Report of the Indian Hemp Drugs Commission, 1894-1895 - Volume V
Year: 1894
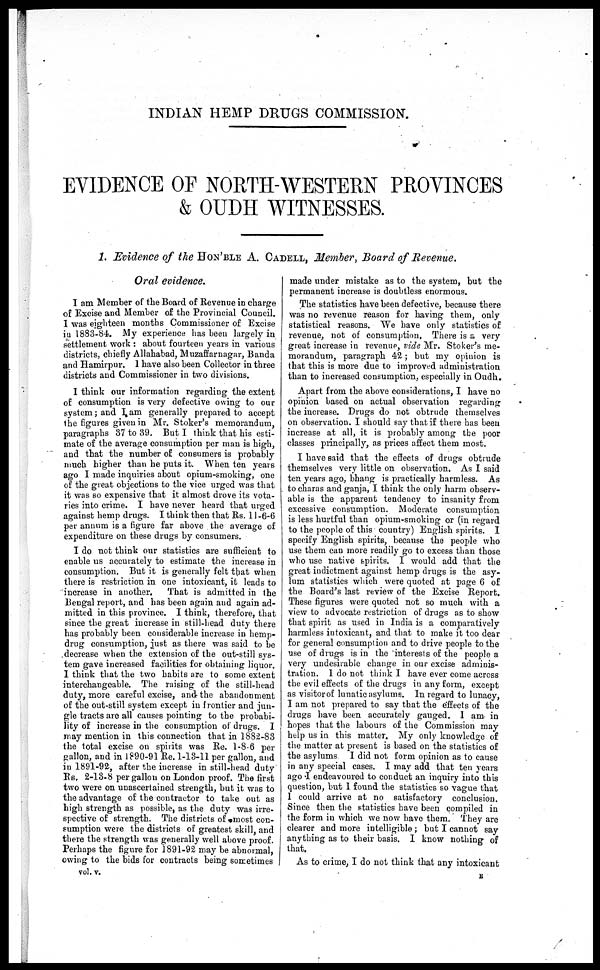
INDIAN HEMP DRUGS COMMISSION.
EVIDENCE OF NORTH-WESTERN PROVINCES
& OUDH WITNESSES.
1. Evidence of the HON'BLE A. CADELL, Member, Board of Revenue.
Oral evidence.
I am Member of the Board of Revenue in charge
of Excise and Member of the Provincial Council.
I was eighteen months Commissioner of Excise
in 1883-84. My experience has been largely in
settlement work: about fourteen years in various
districts, chiefly Allahabad, Muzaffarnagar, Banda
and Hamirpur. I have also been Collector in three
districts and Commissioner in two divisions.
I think our information regarding the extent
of consumption is very defective owing to our
system; and I am generally prepared to accept
the figures given in Mr. Stoker's memorandum,
paragraphs 37 to 39. But I think that his esti-
mate of the average consumption per man is high,
and that the number of consumers is probably
much higher than he puts it. When ten years
ago I made inquiries about opium-smoking, one
of the great objections to the vice urged was that
it was so expensive that it almost drove its vota-
ries into crime. I have never heard that urged
against hemp drugs. I think then that Rs. 11-6-6
per annum is a figure far above the average of
expenditure on these drugs by consumers.
I do not think our statistics are sufficient to
enable us accurately to estimate the increase in
consumption. But it is generally felt that when
there is restriction in one intoxicant, it leads to
increase in another.
That is admitted in the
Bengal report, and has been again and again ad-
mitted in this province. I think, therefore, that
since the great increase in still-head duty there
has probably been considerable increase in hemp-
drug consumption, just as there was said to be
decrease when the extension of the out-still sys-
tem gave increased facilities for obtaining liquor.
I think that the two habits are to some extent
interchangeable. The raising of the still-head
duty, more careful excise, and the abandonment
of the out-still system except in frontier and jun-
gle tracts are all causes pointing to the probabi-
lity of increase in the consumption of drugs. I
may mention in this connection that in 1882-83
the total excise on spirits was Re. 1-8-6 per
gallon, and in 1890-91 Re. 1-13-11 per gallon, and
in 1891-92, after the increase in still-head duty
Rs. 2-13-8 per gallon on London proof. The first
two were on unascertained strength, but it was to
the advantage of the contractor to take out as
high strength as possible, as the duty was irre-
spective of strength. The districts of most con-
sumption were the districts of greatest skill, and
there the strength was generally well above proof.
Perhaps the figure for 1891-92 may be abnormal,
owing to the bids for contracts being sometimes
made under mistake as to the system, but the
permanent increase is doubtless enormous.
The statistics have been defective, because there
was no revenue reason for having them, only
statistical reasons. We have only statistics of
revenue, not of consumption. There is a very
great increase in revenue, vide Mr. Stoker's me-
morandum, paragraph 42; but my opinion is
that this is more due to improved administration
than to increased consumption, especially in Oudh.
Apart from the above considerations, I have no
opinion based on actual observation regarding
the increase. Drugs do not obtrude themselves
on observation. I should say that if there has been
increase at all, it is probably among the poor
classes principally, as prices affect them most.
I have said that the effects of drugs obtrude
themselves very little on observation. As I said
ten years ago, bhang is practically harmless. As
to charas and ganja, I think the only harm observ-
able is the apparent tendency to insanity from
excessive consumption. Moderate consumption
is less hurtful than opium-smoking or (in regard
to the people of this country) English spirits. I
specify English spirits, because the people who
use them can more readily go to excess than those
who use native spirits. I would add that the
great indictment against hemp drugs is the asy-
lum statistics which were quoted at page 6 of
the Board's last review of the Excise Report.
These figures were quoted not so much with a
view to advocate restriction of drugs as to show
that spirit as used in India is a comparatively
harmless intoxicant, and that to make it too dear
for general consumption and to drive people to the
use of drugs is in the interests of the people a
very undesirable change in our excise adminis-
tration. I do not think I have ever come across
the evil effects of the drugs in any form, except
as visitor of lunatic asylums. In regard to lunacy,
I am not prepared to say that the effects of the
drugs have been accurately gauged. I am in
hopes that the labours of the Commission may
help us in this matter. My only knowledge of
the matter at present is based on the statistics of
the asylums I did not form opinion as to cause
in any special cases. I may add that ten years
ago I endeavoured to conduct an inquiry into this
question, but I found the statistics so vague that
I could arrive at no satisfactory conclusion.
Since then the statistics have been compiled in
the form in which we now have them. They are
clearer and more intelligible; but I cannot say
anything as to their basis. I know nothing of
that.
As to crime, I do not think that any intoxicant